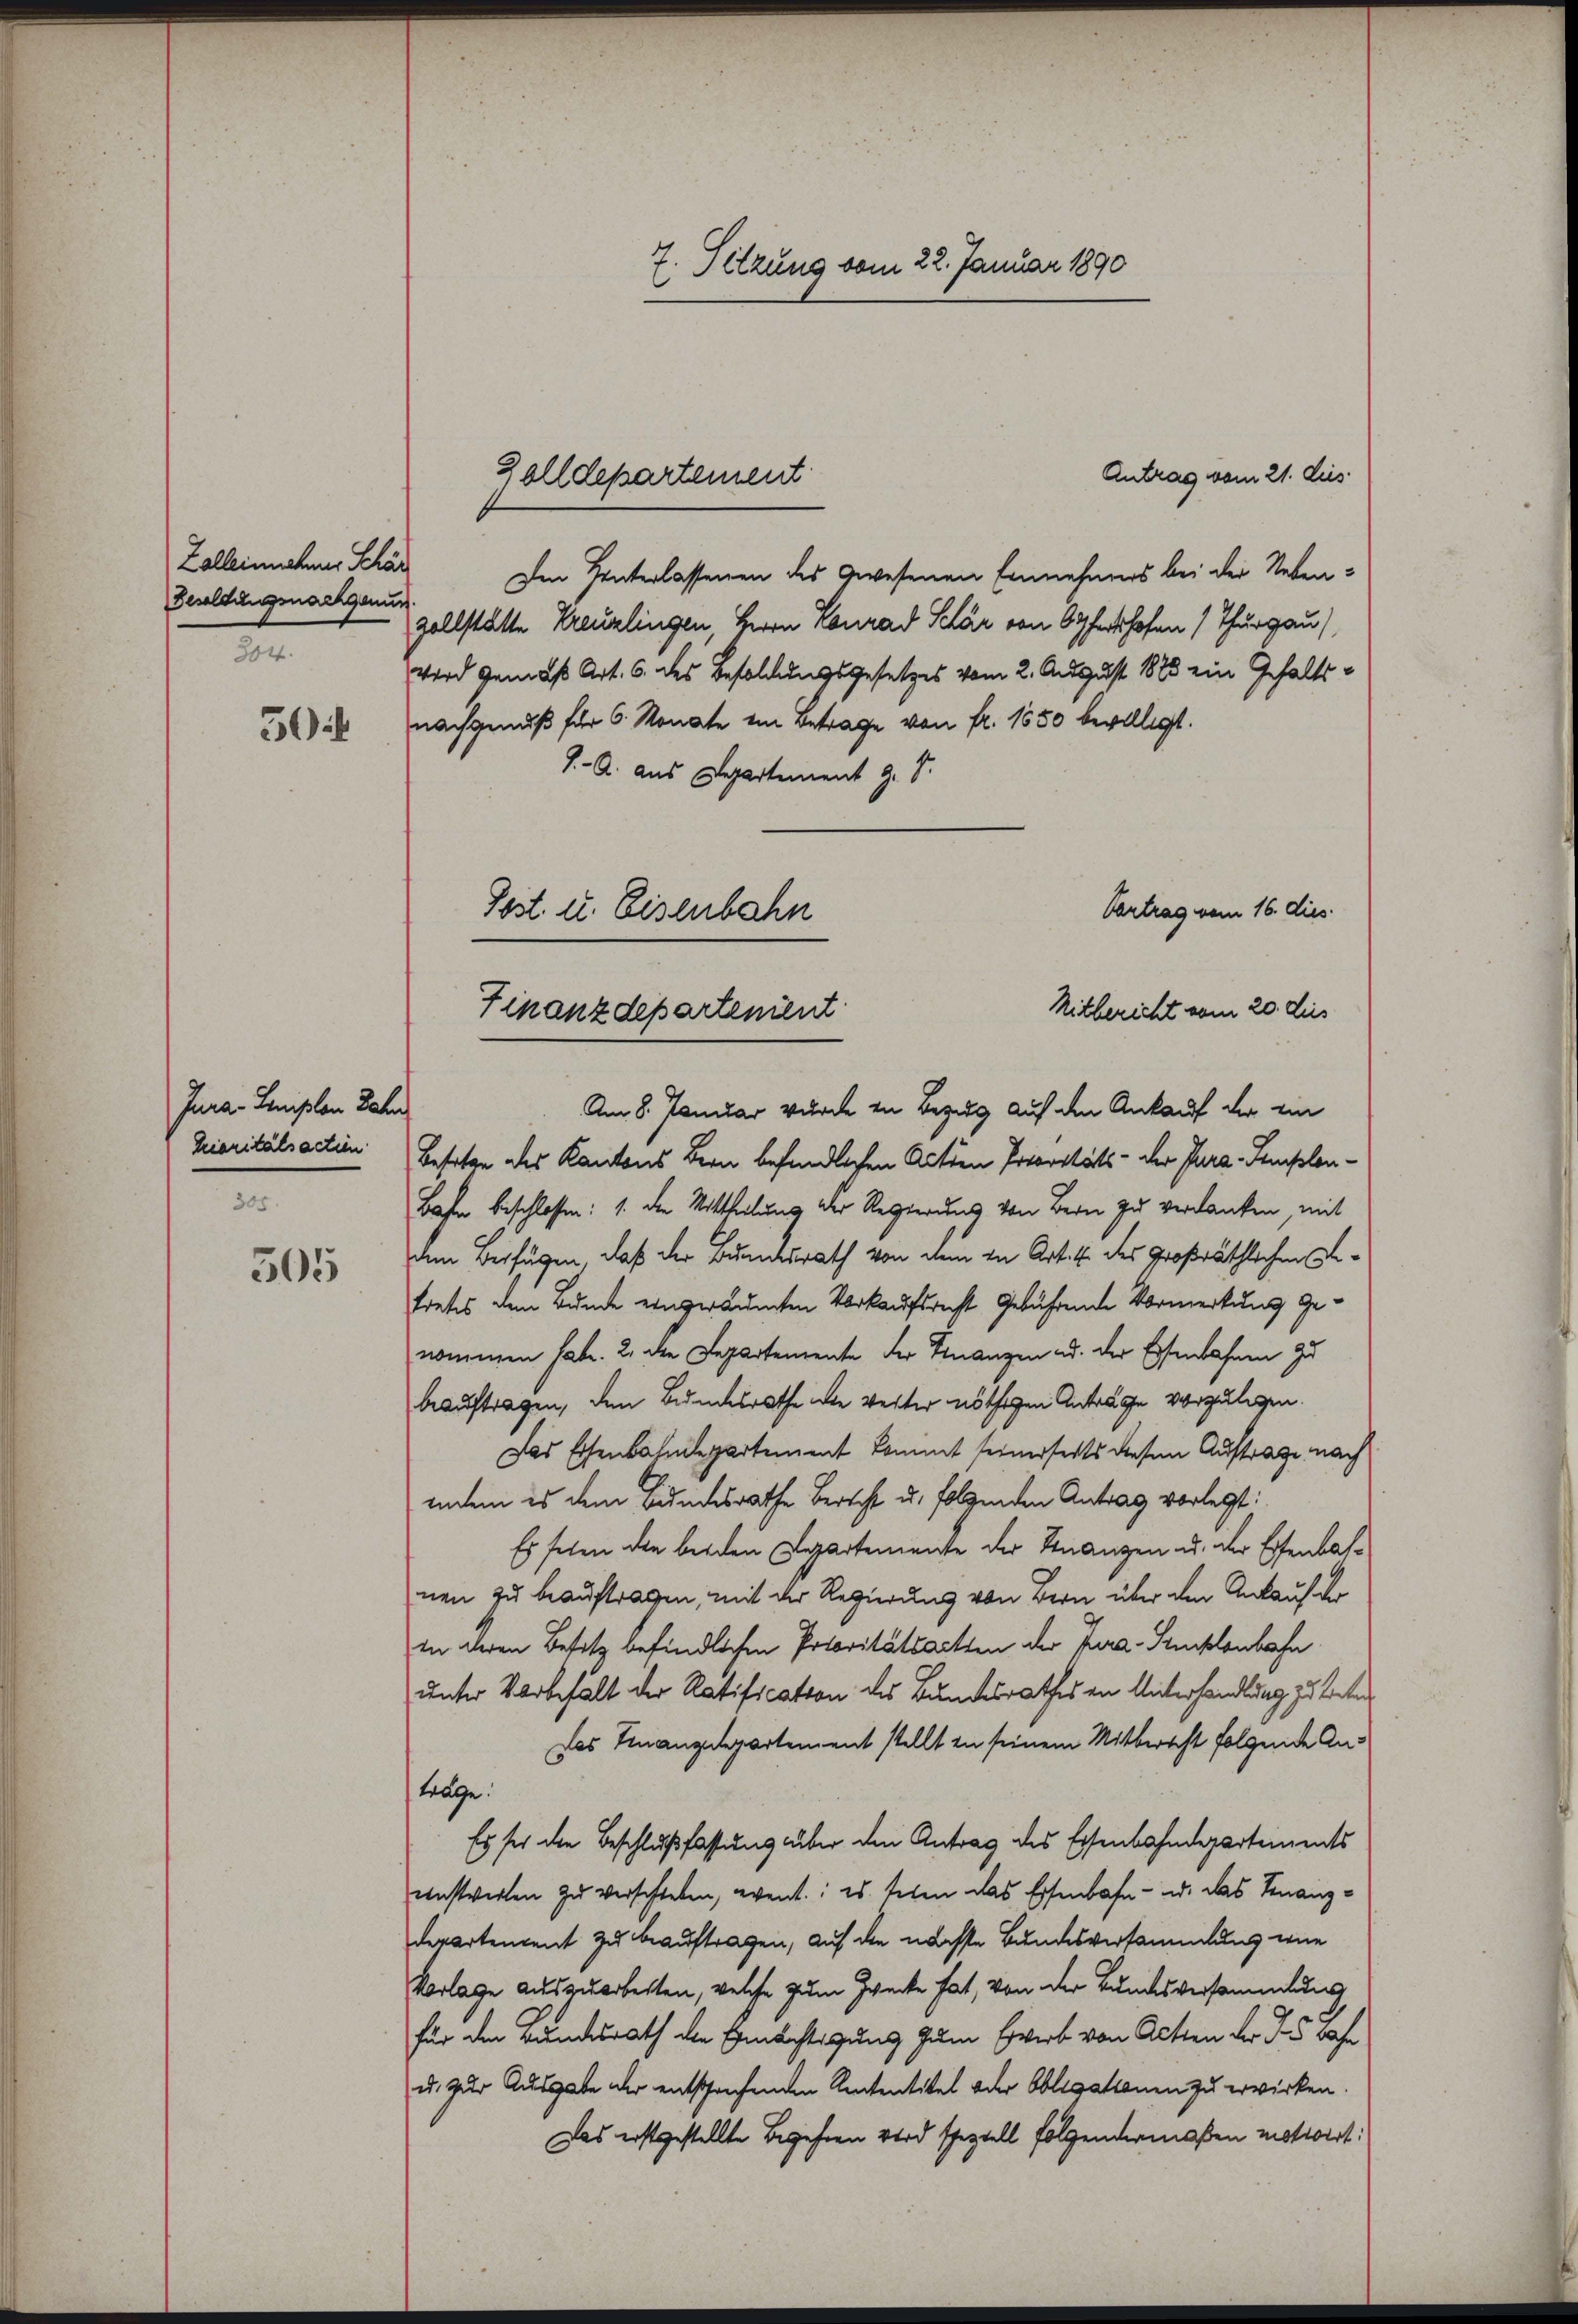
Zalleinschmer Schär
Besoldungsnachgenun
204.

Jura - Leisten Jahr
305.

505

Antrag vom 21. des
Im Hinterlassenen des gewesenen Einnehmers bei der Nebenzollstätte Kreuzlingen, Herrn Konrad Schär von Opfershofen (Thurgau)
wird gemäß Art. 6. des Besoldungsgesetzes vom 2. August 1880 ein Gehalts-
2 nachgenuß für 6. Monate im Betrage von fr. 1550 bewilligt.
J. A. aus Departement J. J.
Vertrag vom 16. dies
Mitbericht vom 20. dies
Am 8. Januar wurde in Bezug auf den Ankauf der ein
Quiaritätsaction Besetze des Kantons Bern befindlichen Acten Prioritäts- der Para-Semplon¬
Bahn beschlossen: 1. den Mittheilung der Regierung von Bern zu verdanken, mit
dem Beifügen, daß der Bundesrath von dem in Art. 4 des Großräthlichen Detretes dem Bunde eingeräumten Vorkaufsrecht gebührende Vormerkung genommen habe. 2. die Departemente der Finanzen u. der Eisenbahnen zu
beauftragen, den Bundesrathe die Werter nöthigen Anträge vorzulegen.
Das Eisenbahndepartement kommt seinerseits diesen Auftrage nach
indem es dem Bundesrathe Bericht u. folgenden Antrag vorlegt:
Es sehen den beiden Departemente der Finanzen u. der Eisenbahnen zu beauftragen, mit der Regierung von Bern über den Ankaufer
in deren Besitz befindlichen Protoritätsartien der Jura-Sunklenbahn
unter Vorbehalt der Ratification des Bundesrathes in Unterhandlung zu treten
Das Finanzdepartement stellt in seinem Mitbericht folgende Anträge.
Es sei die Beschlußfassung über den Antrag des Eisenbahndepartements
einstwerten zu verschieben, event: es telen das Eisenbahn- und das Finanzderartement zu beauftragen, auf die nächste Bundesversammlung wie
Vorlage auszuarbeiten, welche zum Zwecke hat, von der Bundesversammlung
für der Bundesrath die Ermächtigung zum Erwerb von Acten der 35 Jahr
u. zur Ausgabe der entsprechenden Rententitel oder Obligationen zu erwirken
Das erstgestellte Begehren wird speziell folgendermaßen motivirt:

7. Fetzung vom 22. Januar 1890

Zolldepartement

Post. u. Eisenbahn
Finanzdepartenient